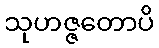
သုဟဇ္ဇတောပိ